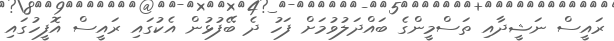
ރައީސް ނަޝީދާއި ތަސްމީންގެ ބައްދަލުވުމަށް ފަހު ދެ ބޭފުޅުން އެކުގައި ރައީސް އޮފީހުގައި